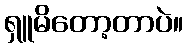
ရှူမိတော့တာပဲ။